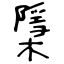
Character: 檃